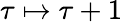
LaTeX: \tau\mapsto\tau+1